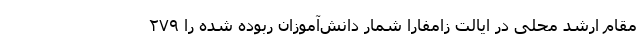
مقام ارشد محلی در ایالت زامفارا شمار دانش‌آموزان ربوده شده را ۲۷۹